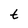
Character: t